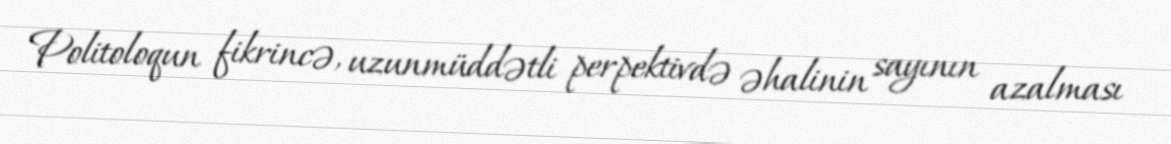
Politoloqun fikrincə, uzunmüddətli perpektivdə əhalinin sayının azalması